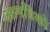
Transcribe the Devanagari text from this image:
आनविको